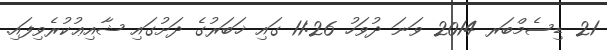
21 ޑިސެމްބަރ 2014 ވަނަ ދުވަހު 11:26 ގައި ޚަބަރުގެ ދަށުގައި ޝާއިޢުކުރެވިފައި.